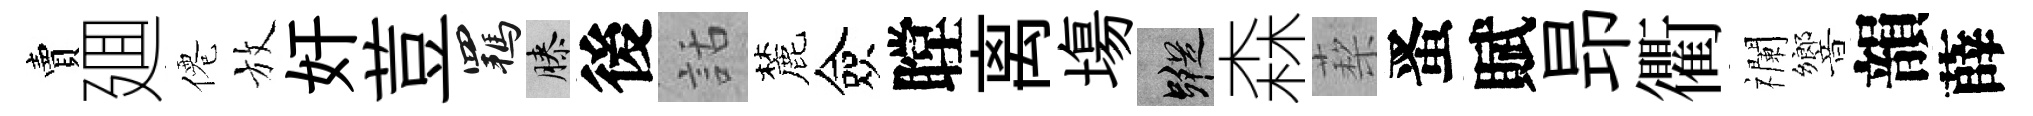
賣廽僊放奸荳羈膝後話麓僉瞠离塲蹤森蔾󱉠賦昻衢襴響韻薛